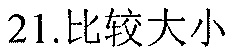
21.比较大小